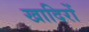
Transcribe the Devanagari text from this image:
खादिरों